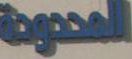
المحدودة